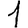
Digit: 1